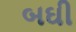
બઘી